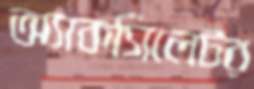
অ্যাকসিলেটর